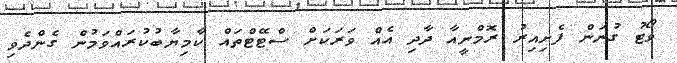
ވޯޓު ގުނަން ފެށިއިރު ރޮމްނީއާ ދާދި އެއް ވަރަކަށް ސްޓޭޓްތައް ކާމިޔާބުކުރައްވަމުން ގެންދެވި